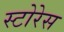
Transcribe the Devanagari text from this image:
स्टोरेस